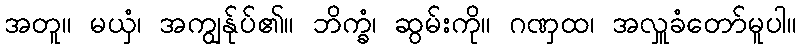
အတူ။ မယှံ၊ အကျွန်ုပ်၏။ ဘိက္ခံ၊ ဆွမ်းကို။ ဂဏှထ၊ အလှူခံတော်မူပါ။